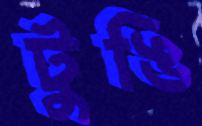
টুঙি